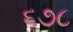
૬૭૮